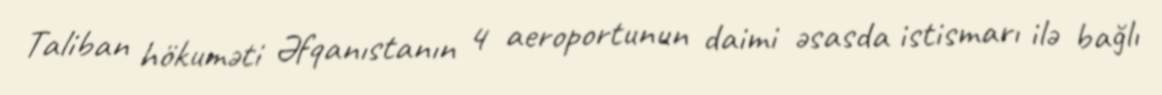
Taliban hökuməti Əfqanıstanın 4 aeroportunun daimi əsasda istismarı ilə bağlı